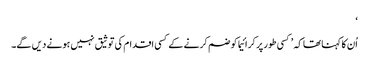
‘
اُن کا کہنا تھا کہ ’کسی طور پر کرائیما کو ضم کرنے کے کسی اقدام کی توثیق نہیں ہونے دیں گے۔